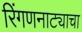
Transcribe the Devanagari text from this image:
रिंगणनाट्याचा